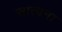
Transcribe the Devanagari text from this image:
सात्वना